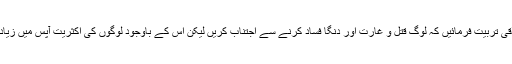
تاکہ لوگوں کی اخلاقی تربیت فرمائیں کہ لوگ قتل و غارت اور دنگا فساد کرنے سے اجتناب کریں لیکن اس کے باوجود لوگوں کی اکثریت آپس میں زیادتی کرنے والی ہے۔